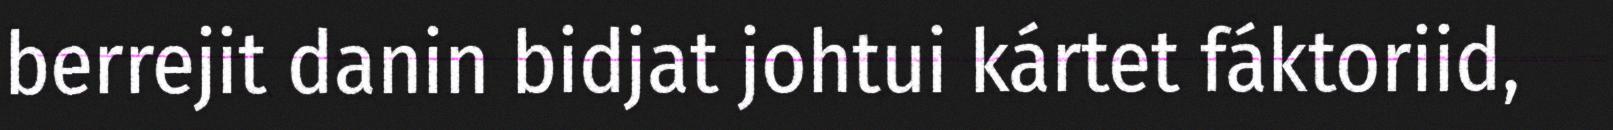
berrejit danin bidjat johtui kártet fáktoriid,